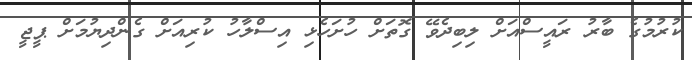
ކުރުމުގެ ބާރު ރައީސްއަށް ލިބިދެވޭ ގޮތަށް ހުށަހެޅި އިސްލާހު ކުރިއަށް ގެންދިޔުމަށް ޕީޖީ